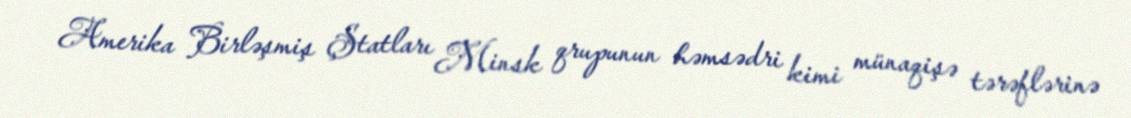
Amerika Birləşmiş Ştatları Minsk qrupunun həmsədri kimi münaqişə tərəflərinə